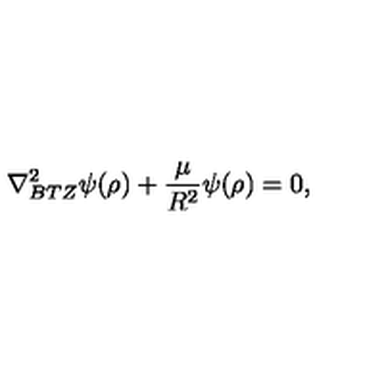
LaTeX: \nabla _ { B T Z } ^ { 2 } \psi ( \rho ) + { \frac { \mu } { R ^ { 2 } } } \psi ( \rho ) = 0 ,